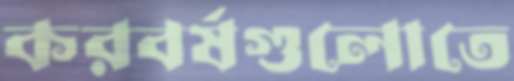
করবর্ষগুলোতে